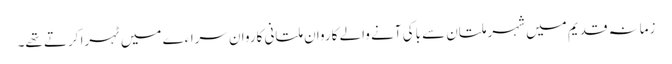
زمانہ قدیم میں شہر ملتان سے باکی آنے والے کاروان ملتانی کاروان سراءے میں ٹہرا کرتے تھے۔